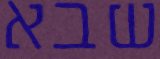
שבא